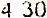
4.30